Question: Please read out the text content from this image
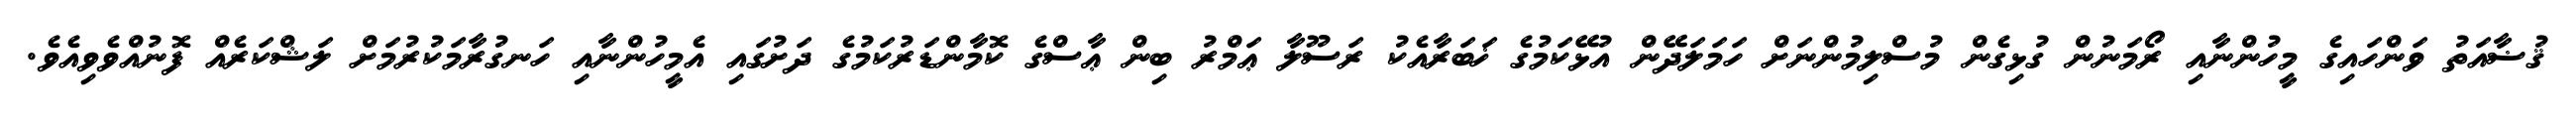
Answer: ޤުޟާއަތު ވަންހައިގެ މީހުންނާއި ރޯމަނުން ގުޅިގެން މުސްލިމުންނަށް ހަމަލަދޭން އުޅޭކަމުގެ ޚަބަރާއެކު ރަސޫލާ ޢަމްރު ބިން ޢާސްގެ ކޮމާންޑަރުކަމުގެ ދަށުގައި އެމީހުންނާއި ހަނގުރާމަކުރުމަށް ލަޝްކަރެއް ފޮނުއްވެވިއެވެ.